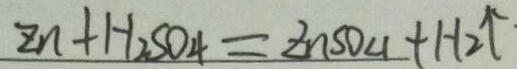
z n + H _ { 2 } S O _ { 4 } = Z n S O _ { 4 } + H _ { 2 } \uparrow \cdot